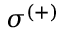
\sigma ^ { ( + ) }